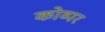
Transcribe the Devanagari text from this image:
कोव्पर